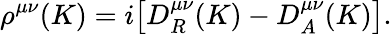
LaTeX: \rho^{\mu\nu}(K)=i\big[D_{R}^{\mu\nu}(K)-D_{A}^{\mu\nu}(K)\big].